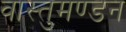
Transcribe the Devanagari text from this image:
वास्तुमण्डन